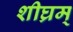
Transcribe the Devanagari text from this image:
शीघ्रम्